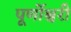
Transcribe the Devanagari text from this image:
पूर्णोश्वरी